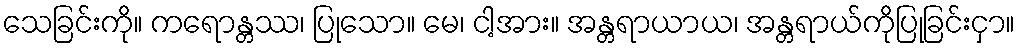
သေခြင်းကို။ ကရောန္တဿ၊ ပြုသော။ မေ၊ ငါ့အား။ အန္တရာယာယ၊ အန္တရာယ်ကိုပြုခြင်းငှာ။